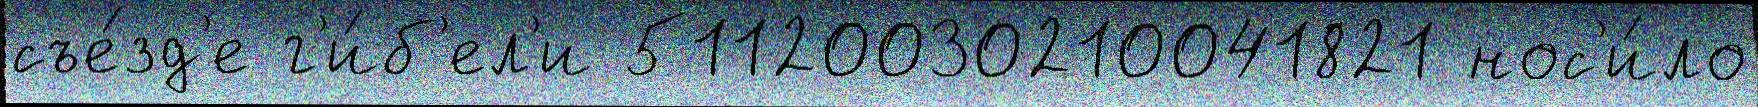
съе́зд'е г'и́б'ел'и 51120030210041821 нос'и́ло